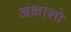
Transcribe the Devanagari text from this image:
अंक्षांशो